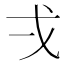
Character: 𭟮